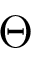
\Theta